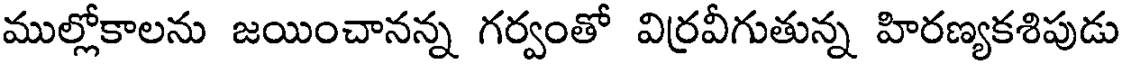
ముల్లోకాలను జయించానన్న గర్వంతో విర్రవీగుతున్న హిరణ్యకశిపుడు